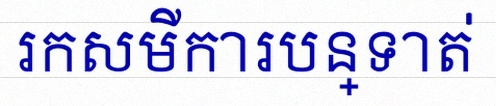
រកសមីការបន្ទាត់